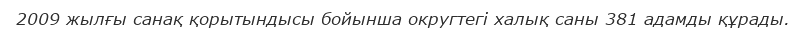
2009 жылғы санақ қорытындысы бойынша округтегі халық саны 381 адамды құрады.